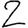
Digit: 2